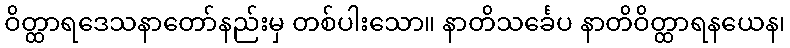
ဝိတ္ထာရဒေသနာတော်နည်းမှ တစ်ပါးသော။ နာတိသင်္ခေပ နာတိဝိတ္ထာရနယေန၊